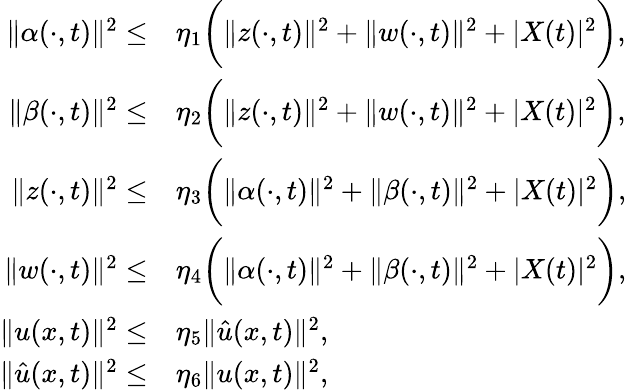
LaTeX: \begin{array}{rl}{\| \alpha(\cdot,t)\| ^{2}\le}&{\eta_{1}\bigg(\| z(\cdot,t)\| ^{2}+\| w(\cdot,t)\| ^{2}+|X(t)|^{2}\bigg),}\\ {\| \beta(\cdot,t)\| ^{2}\le}&{\eta_{2}\bigg(\| z(\cdot,t)\| ^{2}+\| w(\cdot,t)\| ^{2}+|X(t)|^{2}\bigg),}\\ {\| z(\cdot,t)\| ^{2}\le}&{\eta_{3}\bigg(\| \alpha(\cdot,t)\| ^{2}+\| \beta(\cdot,t)\| ^{2}+|X(t)|^{2}\bigg),}\\ {\| w(\cdot,t)\| ^{2}\le}&{\eta_{4}\bigg(\| \alpha(\cdot,t)\| ^{2}+\| \beta(\cdot,t)\| ^{2}+|X(t)|^{2}\bigg),}\\ {\| u(x,t)\| ^{2}\le}&{\eta_{5}\| \hat{u}(x,t)\| ^{2},}\\ {\| \hat{u}(x,t)\| ^{2}\le}&{\eta_{6}\| u(x,t)\| ^{2},}\end{array}